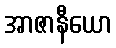
အာဇာနီယော